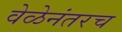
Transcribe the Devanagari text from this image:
वेळेनंतरच